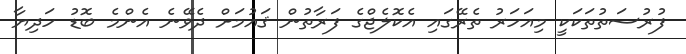
ފުރުސަތުތަކަކީ މިއަހަރު ތެރޭގައި އެކޮލެޖްގެ ފަރާތުން ޤައުމަށް ދެވޭނެ އެންމެ ބޮޑު ހަދިޔާ